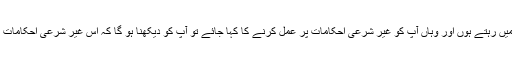
جواب: آپ ایک غیر اسلامی ملک میں رہتے ہوں اور وہاں آپ کو غیر شرعی احکامات پر عمل کرنے کا کہا جائے تو آپ کو دیکھنا ہو گا کہ اس غیر شرعی احکامات پر کہاں تک عمل کیا جا سکتا ہے۔